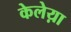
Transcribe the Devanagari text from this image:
केलेय़ा